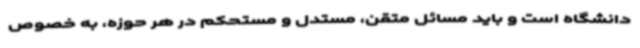
دانشگاه است و باید مسائل متقن، مستدل و مستحکم در هر حوزه، به خصوص